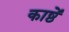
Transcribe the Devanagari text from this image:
काष्ठें